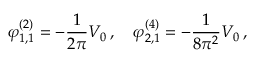
\varphi _ { 1 , 1 } ^ { ( 2 ) } = - \frac { 1 } { 2 \pi } V _ { 0 } \, , \quad \varphi _ { 2 , 1 } ^ { ( 4 ) } = - \frac { 1 } { 8 \pi ^ { 2 } } V _ { 0 } \, ,